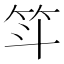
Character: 𫁵